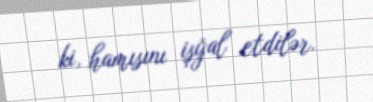
ki, hamısını işğal etdilər.